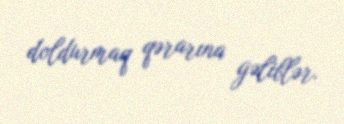
doldurmaq qərarına gəliblər.